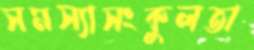
সমস্যাসংকুলতা